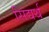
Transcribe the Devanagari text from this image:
सिद्यर्थ